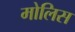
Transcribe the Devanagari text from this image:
मोलिस